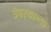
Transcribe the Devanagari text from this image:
उंबर्‍याच्या